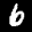
Label: 6